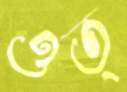
ওত্